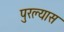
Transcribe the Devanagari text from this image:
पुरल्यास